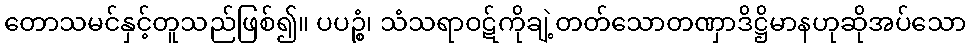
တောသမင်နှင့်တူသည်ဖြစ်၍။ ပပဉ္စံ၊ သံသရာဝဋ်ကိုချဲ့တတ်သောတဏှာဒိဋ္ဌိမာနဟုဆိုအပ်သော